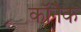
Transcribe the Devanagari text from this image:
कॉनैक